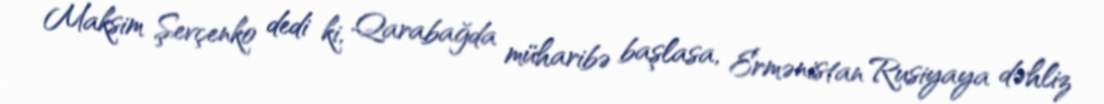
Maksim Şevçenko dedi ki, Qarabağda müharibə başlasa, Ermənistan Rusiyaya dəhliz